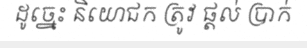
ដូច្នេះ និយោជក ត្រូវ ផ្តល់ ប្រាក់